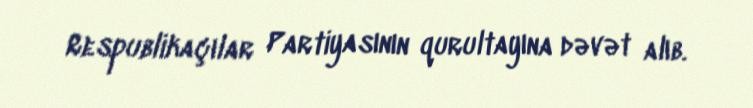
Respublikaçılar Partiyasının qurultayına dəvət alıb.